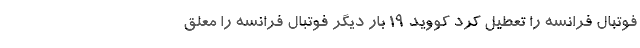
فوتبال فرانسه را تعطیل کرد کووید ۱۹ بار دیگر فوتبال فرانسه را معلق